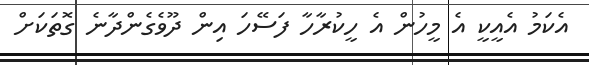
އެކަމު އެއީކީ އެ މީހުން އެ ހީކުރާހާ ފަސޭހަ އިން ދޫވެގެންދާނެ ގޮތަކަށް